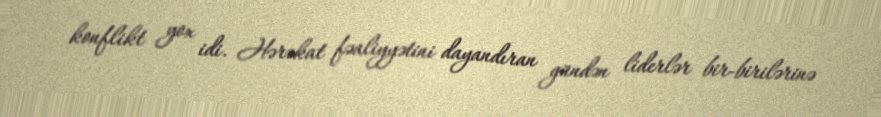
konflikt yox idi. Hərəkat fəaliyyətini dayandıran gündən liderlər bir-birilərinə